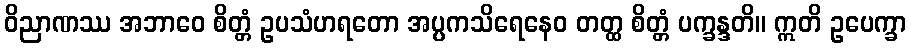
ဝိညာဏဿ အဘာဝေ စိတ္တံ ဥပသံဟရတော အပ္ပကသိရေနေဝ တတ္ထ စိတ္တံ ပက္ခန္ဒတိ။ ဣတိ ဥပေက္ခာ